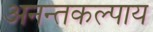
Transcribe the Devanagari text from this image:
अनन्तकल्पाय